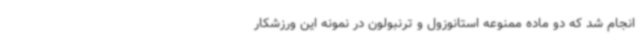
انجام شد که دو ماده ممنوعه استانوزول و ترنبولون در نمونه این ورزشکار